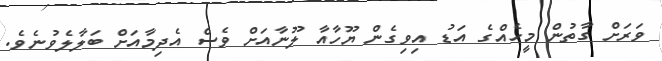
ވަރަށް ގާތުން މީހެއްގެ އަޑު އިވިގެން ޔޫހާއާ ލޫނާއަށް ވެސް އެދިމާއަށް ބަލާލެވުނެވެ.